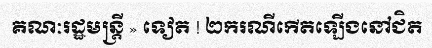
គណៈរដ្ឋមន្ត្រី » ទៀត ! ២ករណីកើតឡើងនៅជិត